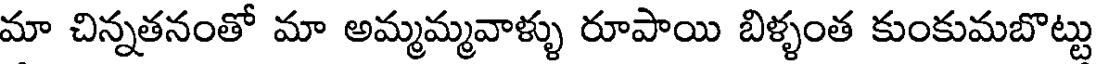
మా చిన్నతనంతో మా అమ్మమ్మవాళ్ళు రూపాయి బిళ్ళంత కుంకుమబొట్టు